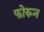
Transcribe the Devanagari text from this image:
फोरून